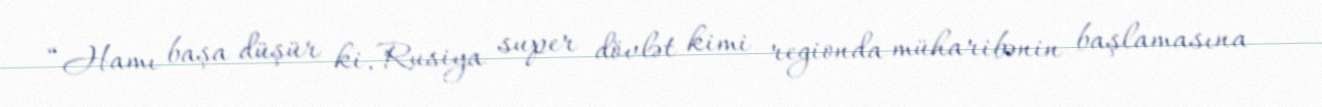
“Hamı başa düşür ki, Rusiya super dövlət kimi regionda müharibənin başlamasına